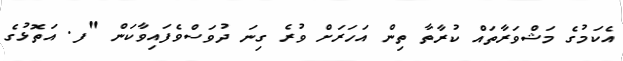
އެކަމުގެ މަޝްވަރާތައް ކުރާތާ ތިން އަހަރަށް ވުރެ ގިނަ ދުވަސްވެފައިވާކަން "ފ. އަތޮޅުގެ